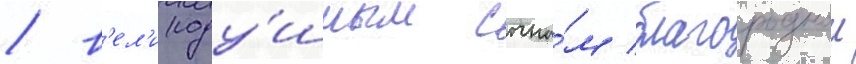
/ в'ел'икоду́шным сына́м благороднои